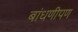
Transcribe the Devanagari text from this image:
बांधणीपण